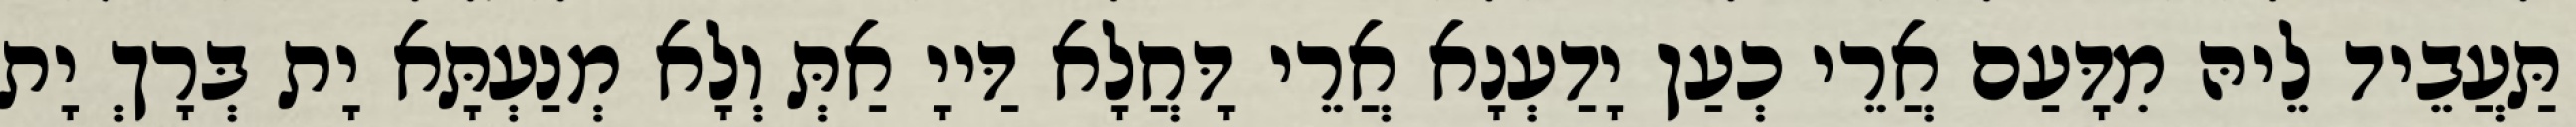
תַּעֲבֵיד לֵיהּ מִדָּעַם אֲרֵי כְעַן יָדַעְנָא אֲרֵי דָּחֲלָא דַּייָ אַתְּ וְלָא מְנַעְתָּא יָת בְּרָךְ יָת